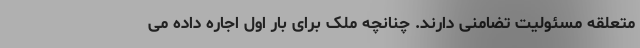
متعلقه مسئولیت تضامنی دارند. چنانچه ملک برای بار اول اجاره داده می